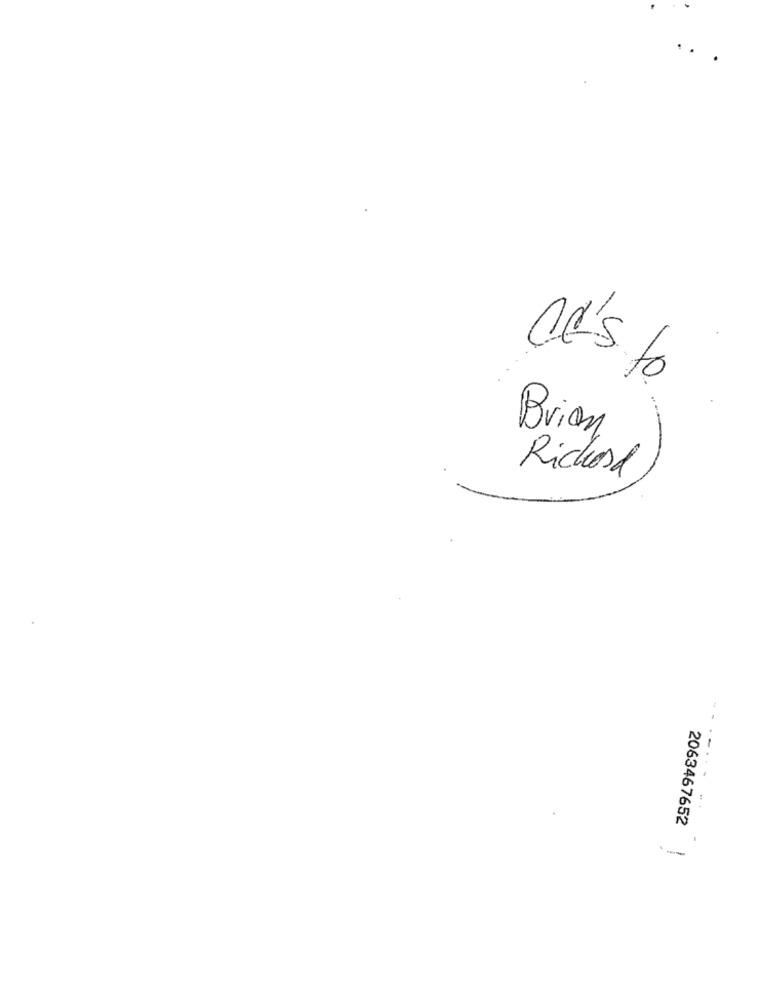
CC's to
Brian
-
Richard
....
2063467652